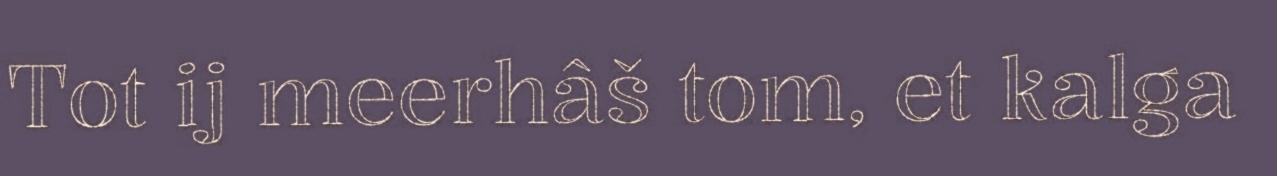
Tot ij meerhâš tom, et kalga